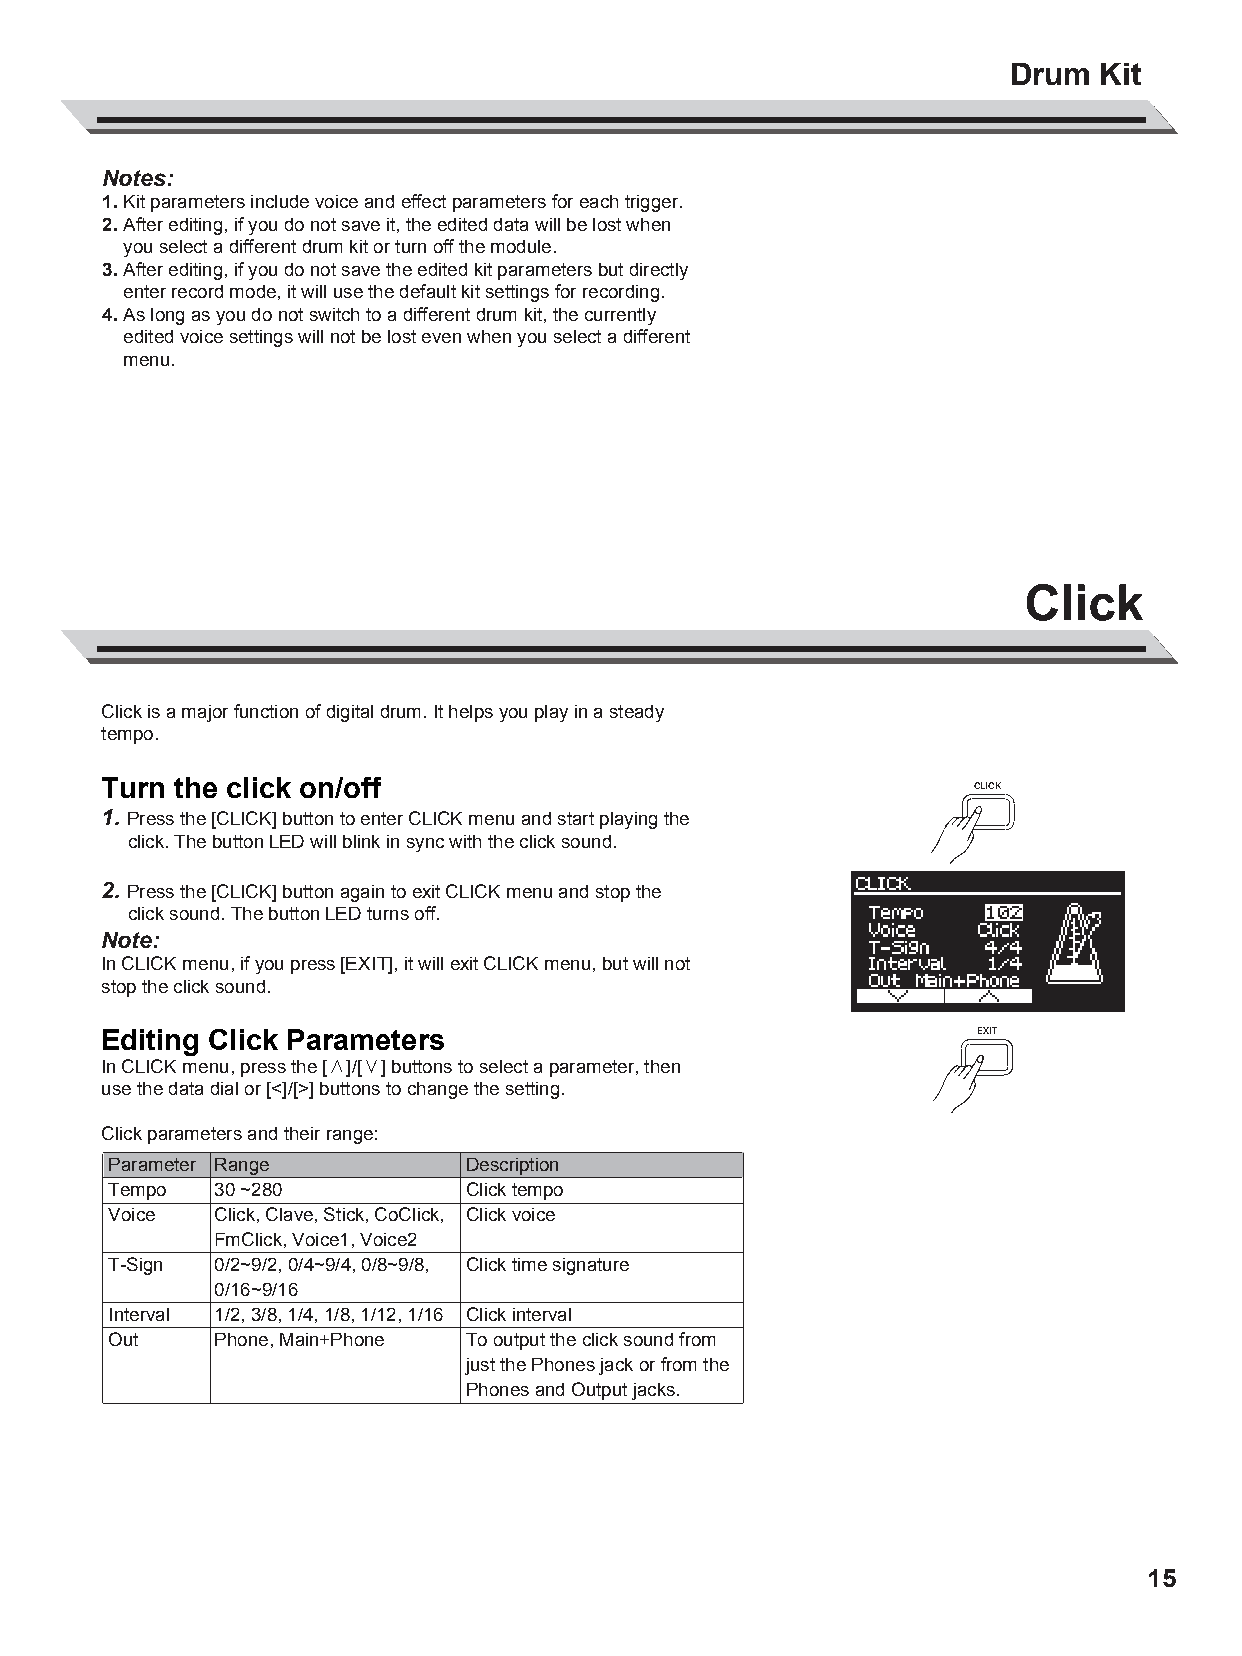
AW_DD638DX_manual_G02_180621.pdf 15 18-6-21 13:16
 Drum  Kit
 Notes:
 1. Kit parameters include voice and effect parameters for each trigger.
 2. After editing, if you do not save it, the edited data will be lost when
 you select a different drum kit or turn off the module.
 3. After editing, if you do not save the edited kit parameters but directly
 enter record mode, it will use the default kit settings for recording.
 4. As long as you do not switch to a different drum kit, the currently
 edited voice settings will not be lost even when you select a different
 menu.
 Click
 Click is a major function of digital drum. It helps you play in a steady
 C
 tempo.
 M
 Y        Turn the click on/off                                     CLICK
 CM       1. Press the [CLICK] button to enter CLICK menu and start playing the
 MY         click. The button LED will blink in sync with the click sound.
 CY
 2. Press the [CLICK] button again to exit CLICK menu and stop the
 CMY         click sound. The button LED turns off.
 K        Note:
 In CLICK menu, if you press [EXIT], it will exit CLICK menu, but will not
 stop the click sound.
 Editing Click Parameters                                  EXIT
 In CLICK menu, press the [∧]/[∨] buttons to select a parameter, then
 use the data dial or [<]/[>] buttons to change the setting.
 Click parameters and their range:
 Parameter Range        Description
 Tempo  30 ~280         Click tempo
 Voice  Click, Clave, Stick, CoClick, Click voice
 FmClick, Voice1, Voice2
 T-Sign 0/2~9/2, 0/4~9/4, 0/8~9/8, Click time signature
 0/16~9/16
 Interval 1/2, 3/8, 1/4, 1/8, 1/12, 1/16 Click interval
 Out    Phone, Main+Phone To output the click sound from
 just the Phones jack or from the
 Phones and Output jacks.
 15